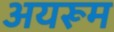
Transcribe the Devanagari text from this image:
अयरूम